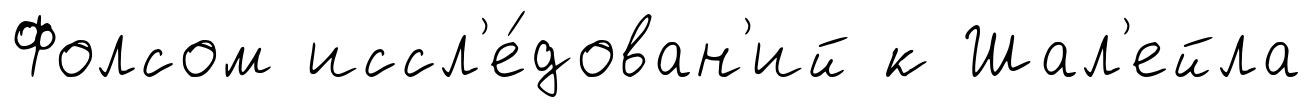
Фолсом иссл'е́дован'ий к Шал'ейла